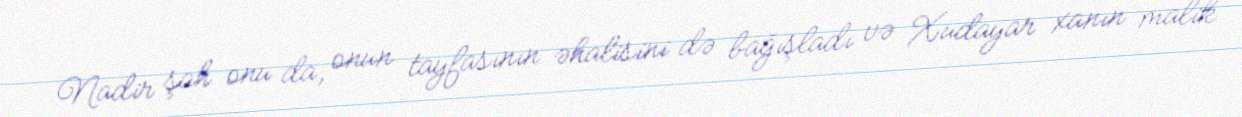
Nadir şah onu da, onun tayfasının əhalisini də bağışladı və Xudayar xanın malik